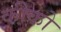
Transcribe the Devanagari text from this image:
कीको